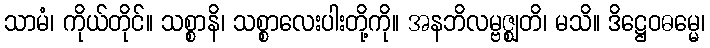
သာမံ၊ ကိုယ်တိုင်။ သစ္စာနိ၊ သစ္စာလေးပါးတို့ကို။ အနဘိလမ္ဗဇ္ဈတိ၊ မသိ။ ဒိဋ္ဌေဝဓမ္မေ၊